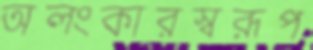
অলংকারস্বরূপ